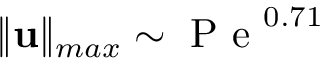
\| \mathbf { u } \| _ { m a x } \sim \mathrm { ~ P ~ e ~ } ^ { 0 . 7 1 }